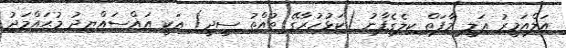
އަލްއަމީރު ޢަލީ މާފަތް ކިލެގެފާނު (ކަޅުހުރާގޭ ތުއްތު ސީދީ) އަކީ އައްސައްޔިދު މުޙައްމަދު